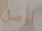
أوصل